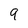
Character: q